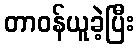
တာဝန်ယူခဲ့ပြီး